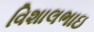
વિશાલભાઇ